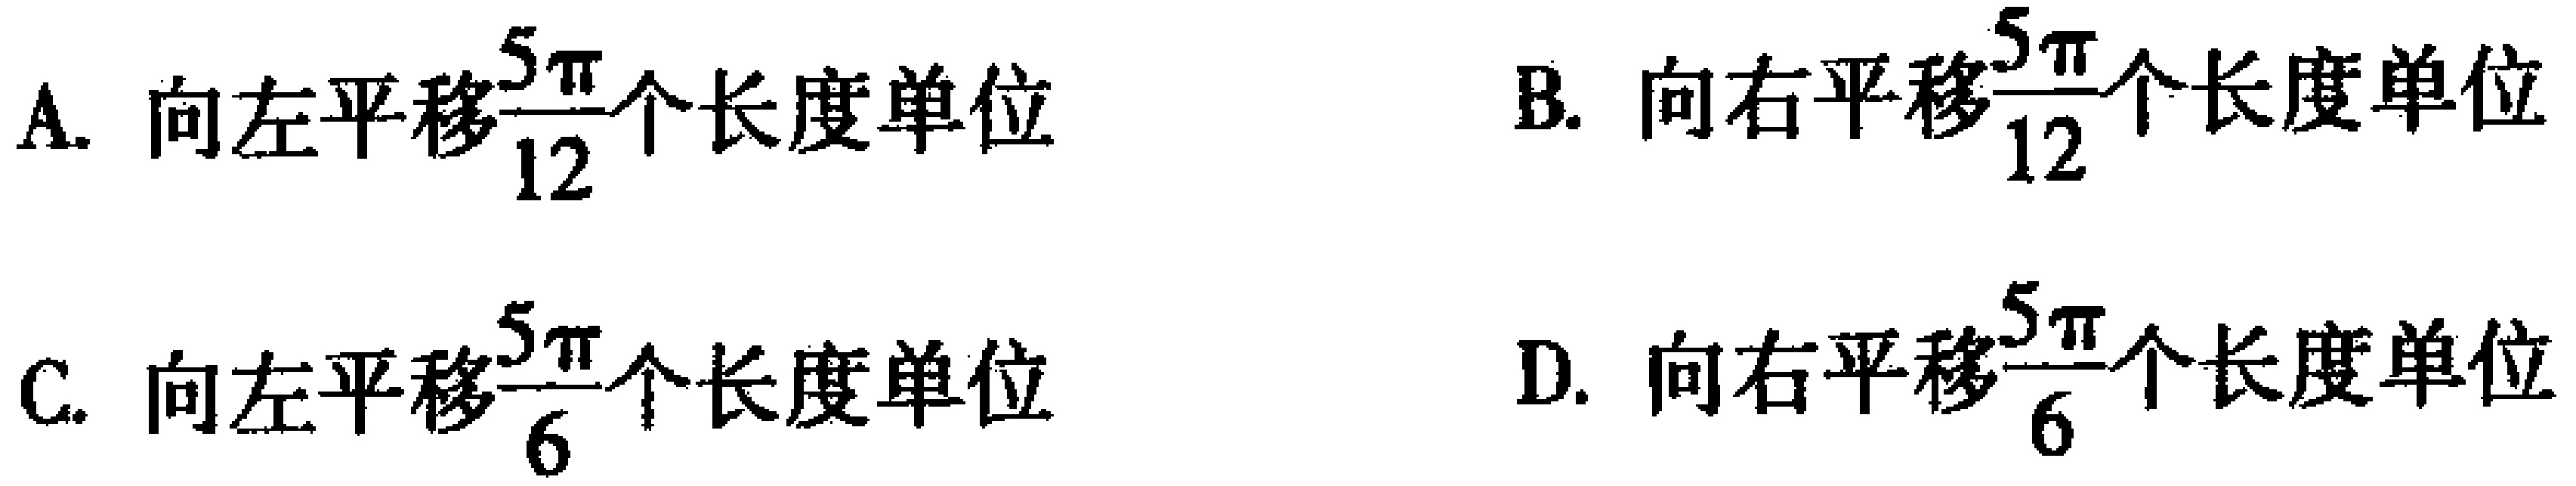
A. 向左平移$\frac{5\pi}{12}$个长度单位  B. 向右平移$\frac{5\pi}{12}$个长度单位
C. 向左平移$\frac{5\pi}{6}$个长度单位  D. 向右平移$\frac{5\pi}{6}$个长度单位